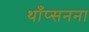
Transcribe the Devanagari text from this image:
थाँप्सनना